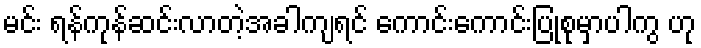
မင်း ရန်ကုန်ဆင်းလာတဲ့အခါကျရင် ကောင်းကောင်းပြုစုမှာပါကွ ဟု